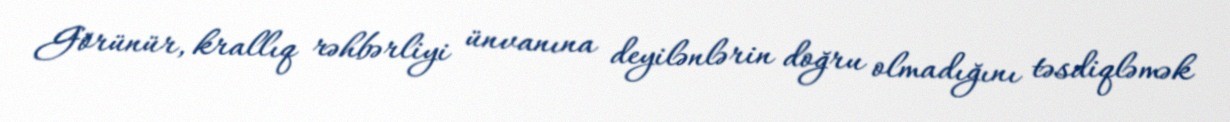
Görünür, krallıq rəhbərliyi ünvanına deyilənlərin doğru olmadığını təsdiqləmək